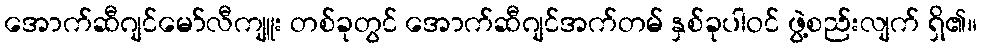
အောက်ဆီဂျင်မော်လီကျူး တစ်ခုတွင် အောက်ဆီဂျင်အက်တမ် နှစ်ခုပါဝင် ဖွဲ့စည်းလျက် ရှိ၏။